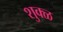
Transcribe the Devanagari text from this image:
शुक्ळ